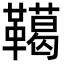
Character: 𩍛